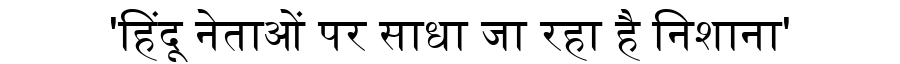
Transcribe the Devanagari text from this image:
'हिंदू नेताओं पर साधा जा रहा है निशाना'